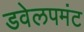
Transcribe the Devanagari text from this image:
डवेलपमंट